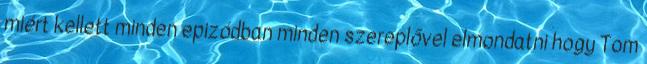
miért kellett minden epizódban minden szereplővel elmondatni hogy Tom